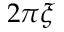
2 \pi \xi